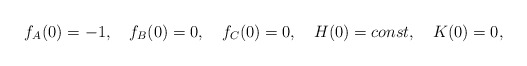
\begin{align*}f_A(0)=-1,\quad f_B(0)=0, \quad f_C(0)=0, \quad H(0)=const, \quad K(0)=0,\end{align*}